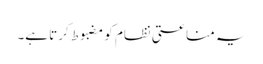
یہ مناعتی نظام کو مضبوط کرتا ہے۔